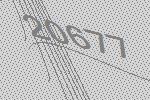
20677